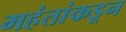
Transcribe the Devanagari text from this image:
महंतांकडून